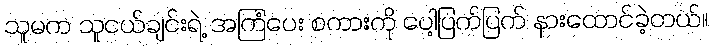
သူမက သူငယ်ချင်းရဲ့ အကြံပေး စကားကို ပေါ့ပြက်ပြက် နားထောင်ခဲ့တယ်။